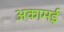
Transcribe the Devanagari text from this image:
अकामई